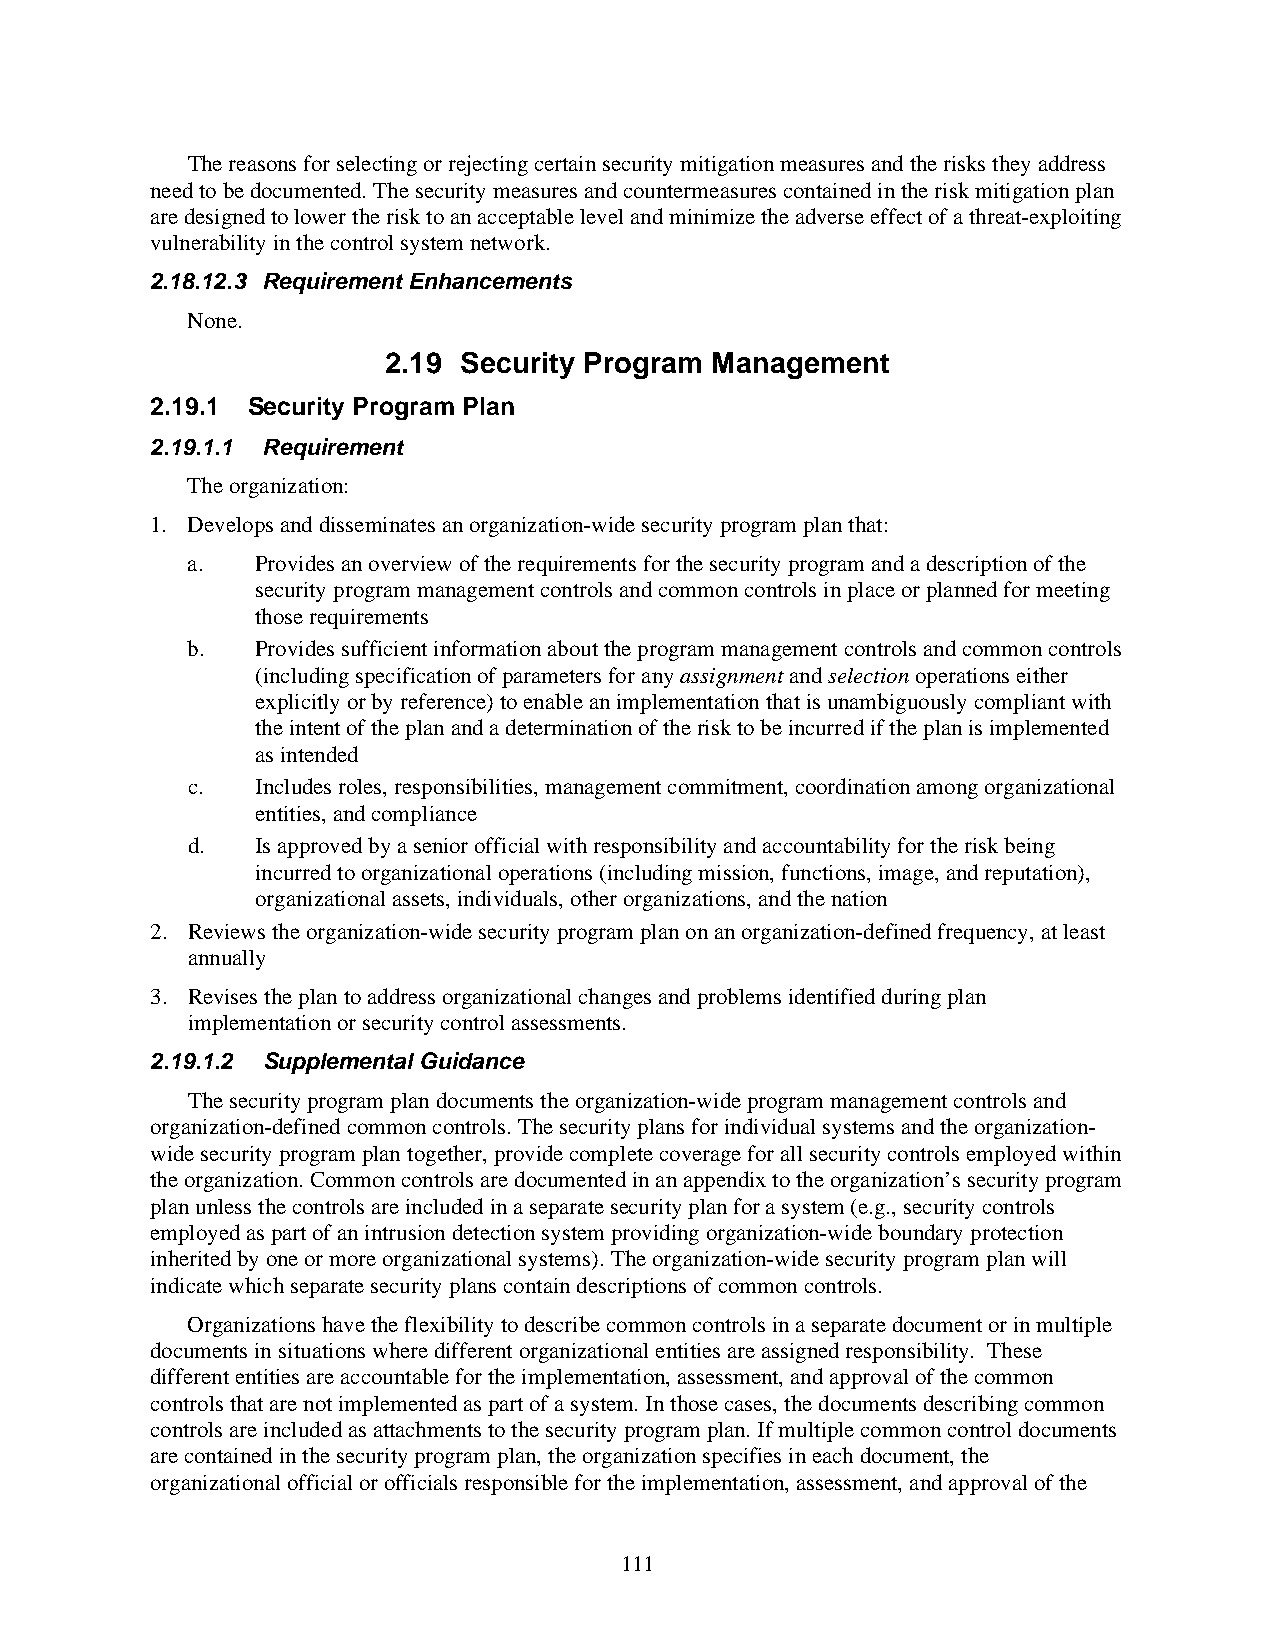
The reasons for selecting or rejecting certain security mitigation measures and the risks they address
 need to be documented. The security measures and countermeasures contained in the risk mitigation plan
 are designed to lower the risk to an acceptable level and minimize the adverse effect of a threat-exploiting
 vulnerability in the control system network.
 2.18.12.3 Requirement Enhancements
 None.
 2.19 Security Program Management
 2.19.1 Security Program Plan
 2.19.1.1 Requirement
 The organization:
 1. Develops and disseminates an organization-wide security program plan that:
 a.   Provides an overview of the requirements for the security program and a description of the
 security program management controls and common controls in place or planned for meeting
 those requirements
 b.   Provides sufficient information about the program management controls and common controls
 (including specification of parameters for any assignment and selection operations either
 explicitly or by reference) to enable an implementation that is unambiguously compliant with
 the intent of the plan and a determination of the risk to be incurred if the plan is implemented
 as intended
 c.   Includes roles, responsibilities, management commitment, coordination among organizational
 entities, and compliance
 d.   Is approved by a senior official with responsibility and accountability for the risk being
 incurred to organizational operations (including mission, functions, image, and reputation),
 organizational assets, individuals, other organizations, and the nation
 2. Reviews the organization-wide security program plan on an organization-defined frequency, at least
 annually
 3. Revises the plan to address organizational changes and problems identified during plan
 implementation or security control assessments.
 2.19.1.2 Supplemental Guidance
 The security program plan documents the organization-wide program management controls and
 organization-defined common controls. The security plans for individual systems and the organization-
 wide security program plan together, provide complete coverage for all security controls employed within
 the organization. Common controls are documented in an appendix to the organization’s security program
 plan unless the controls are included in a separate security plan for a system (e.g., security controls
 employed as part of an intrusion detection system providing organization-wide boundary protection
 inherited by one or more organizational systems). The organization-wide security program plan will
 indicate which separate security plans contain descriptions of common controls.
 Organizations have the flexibility to describe common controls in a separate document or in multiple
 documents in situations where different organizational entities are assigned responsibility. These
 different entities are accountable for the implementation, assessment, and approval of the common
 controls that are not implemented as part of a system. In those cases, the documents describing common
 controls are included as attachments to the security program plan. If multiple common control documents
 are contained in the security program plan, the organization specifies in each document, the
 organizational official or officials responsible for the implementation, assessment, and approval of the
 111